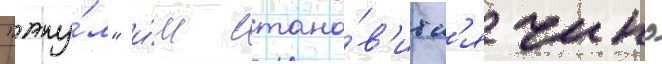
"аку́л" и́м стано́в'итс'я чино